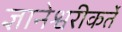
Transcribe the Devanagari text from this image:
ज्ञानेश्वरीकर्ते